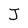
Character: J